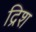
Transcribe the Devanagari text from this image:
द्रिश